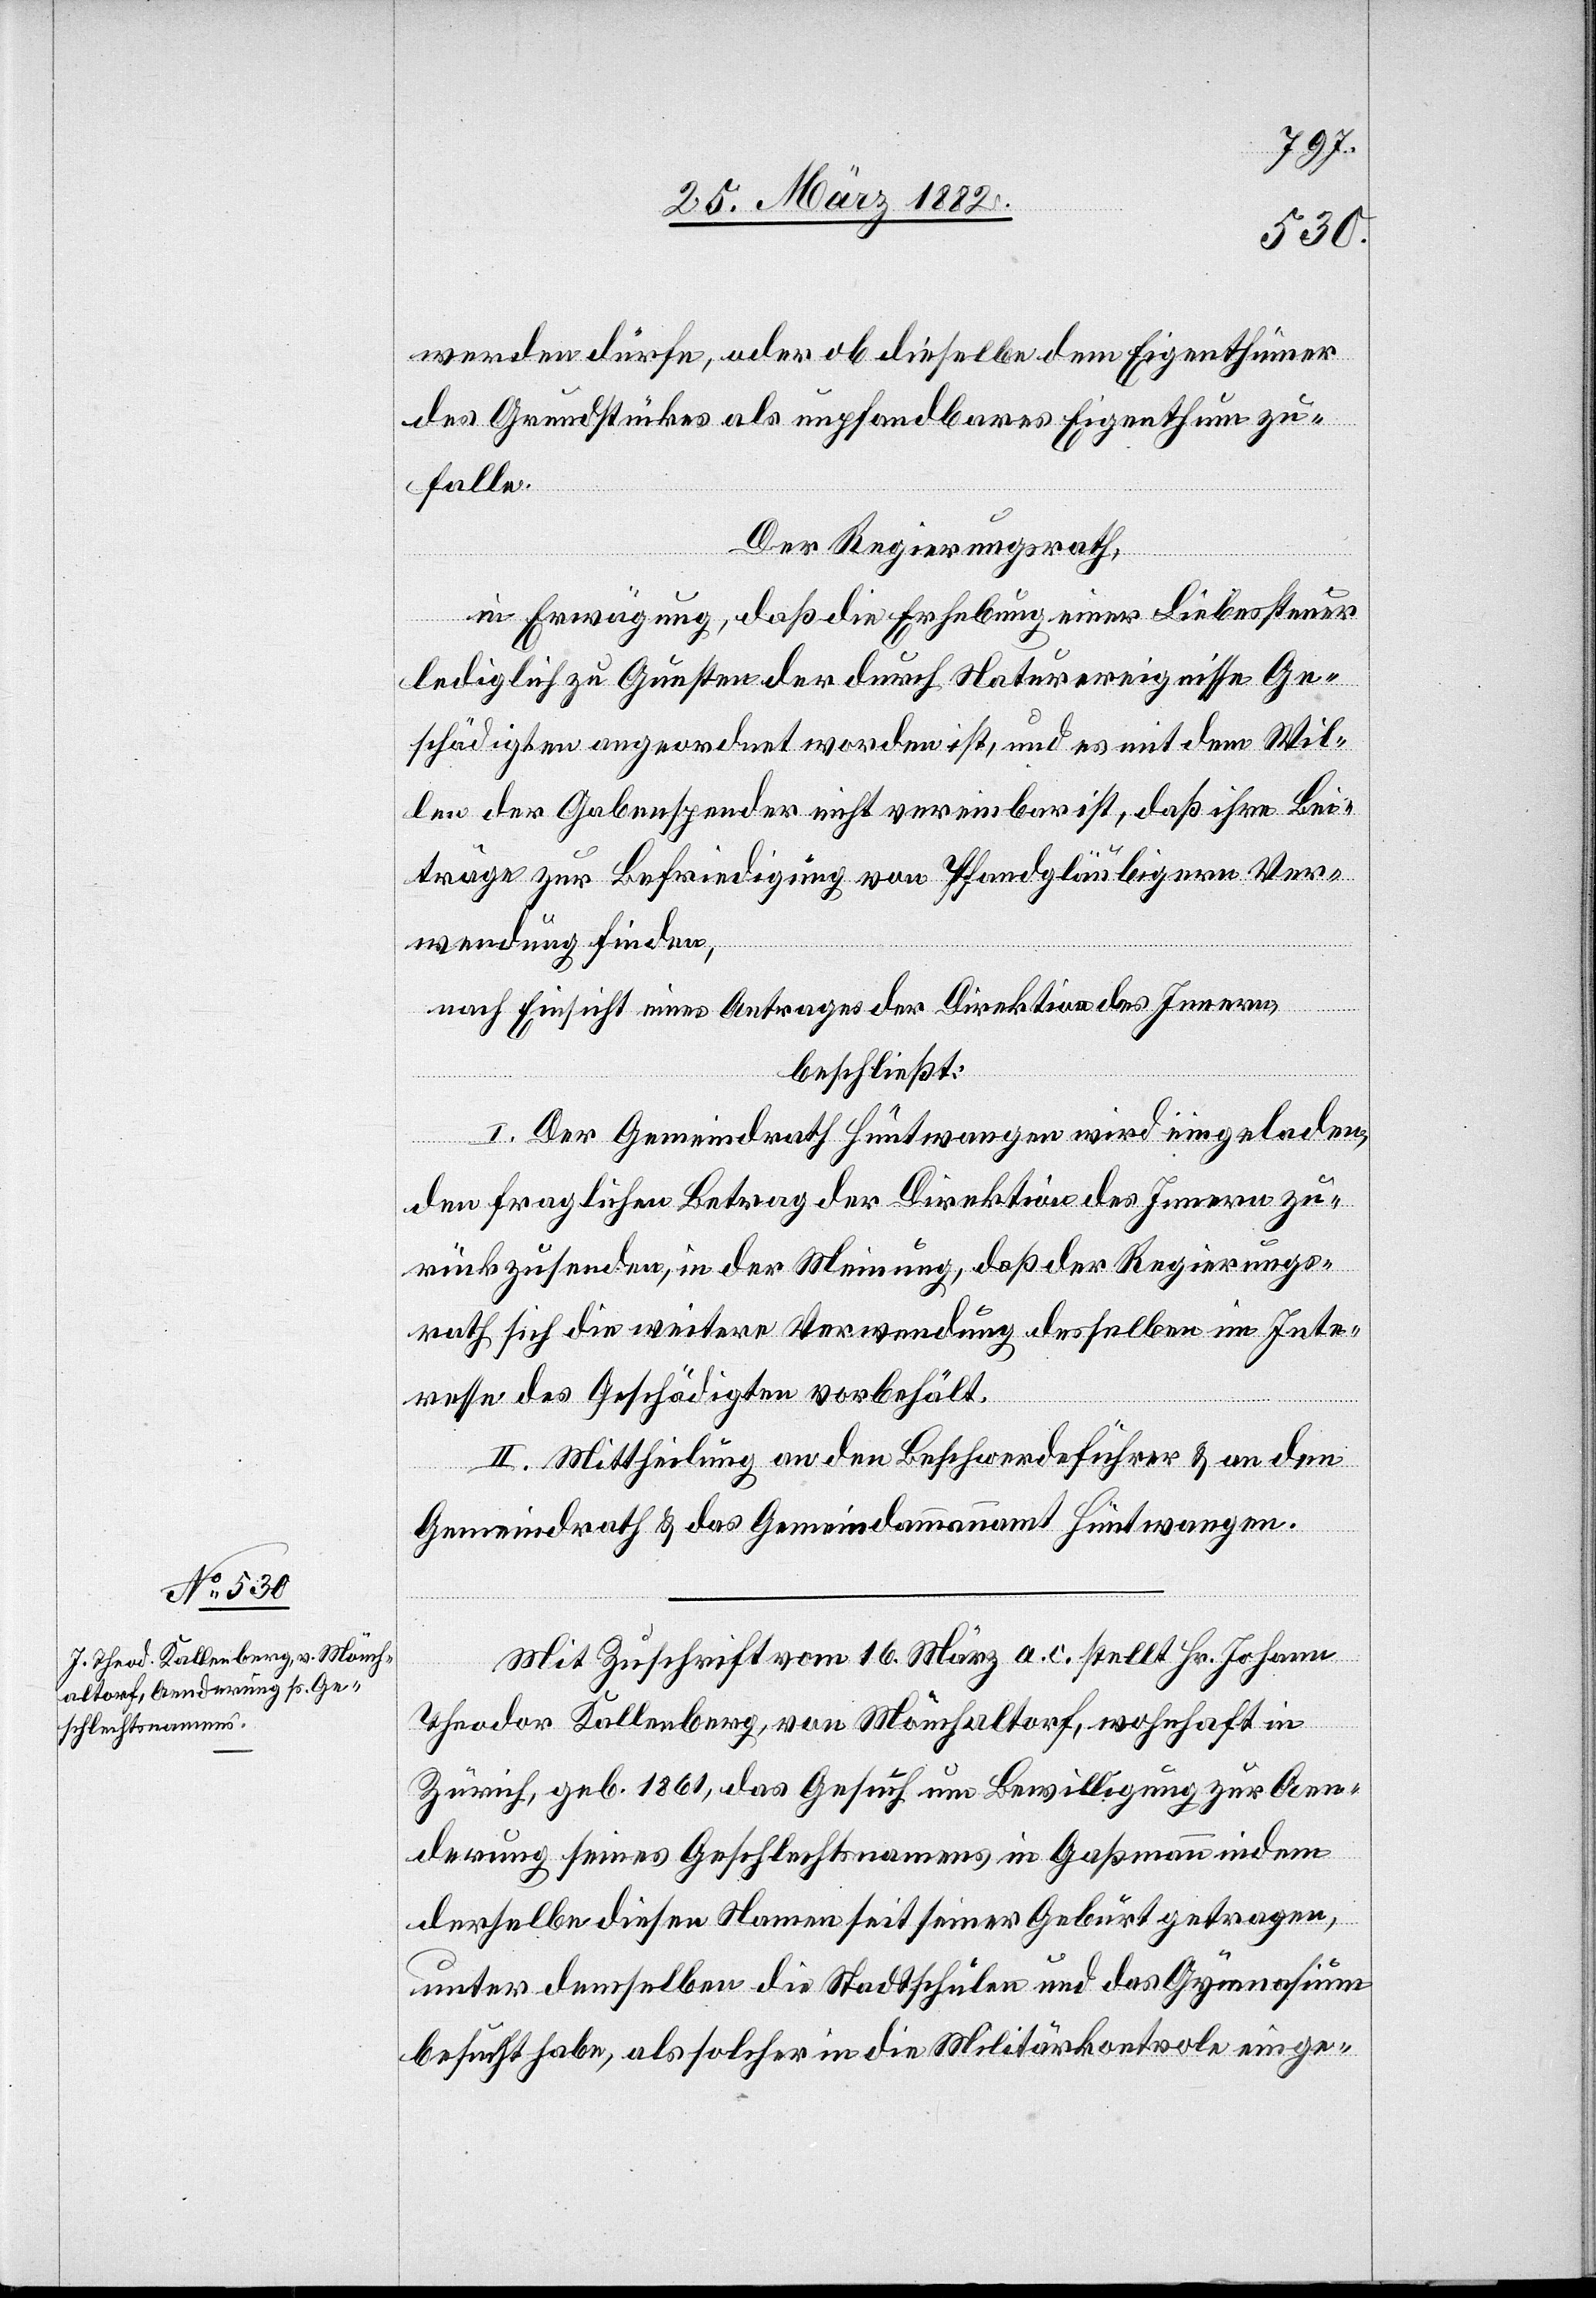
werden dürfe, oder ob dieselbe dem Eigenthümer
des Grundstückes als unpfändbares Eigenthum zu¬
falle.
Der Regierungsrath,
in Erwägung, daß die Erhebung einer Liebessteuer
lediglich zu Gunsten der durch Naturereignisse Ge¬
schädigte angeordnet worden ist, und es mit dem Wil¬
len der Gabenspender nicht vereinbar ist, daß ihre Bei¬
träge zur Befriedigung von Pfandgläubigern Ver¬
wendung finden,
nach Einsicht eines Antrages der Direktion des Innern,
beschließt:
I. Der Gemeindrath Hüntwangen wird eingeladen,
den fraglichen Betrag der Direktion des Innern zu¬
rückzusenden, in der Meinung, daß der Regierungs¬
rath sich die weitere Verwendung desselben im Inte¬
resse des Geschädigten vorbehält.
II. Mittheilung an den Beschwerdeführer & an den
Gemeindrath & das Gemeindammannamt Hüntwangen.
Mit Zuschrift vom 16. März a. c. stellt Hr. Johann
Theodor Kallenberg, von Mönchaltdorf, wohnhaft in
Zürich, geb. 1861, das Gesuch um Bewilligung zur Aen¬
derung seines Geschlechtsnamens in Gaßmann indem
derselbe diesen Namen seit seiner Geburt getragen,
unter demselben die Stadtschule und das Gymnasium
besucht habe, als solcher in die Militärkontrole einge-